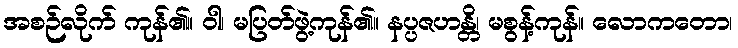
အစဉ်လိုက် ကုန်၏။ ဝါ၊ မပြတ်ဖွဲ့ကုန်၏။ နပ္ပဇဟန္တိ၊ မစွန့်ကုန်။ လောကတော၊